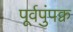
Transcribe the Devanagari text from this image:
पूर्वपुंपक्व